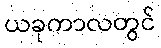
ယခုကာလတွင်